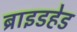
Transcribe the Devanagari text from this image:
ब्राइडहेड